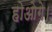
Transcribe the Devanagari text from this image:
होओगे।